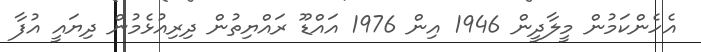
އެހެންކަމުން މީލާދީން 1946 އިން 1976 އައްޑޫ ރައްޔިތުން ދިރިއުޅެމުން ދިޔައީ އުފާ